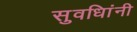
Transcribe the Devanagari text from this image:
सुवधिांनी